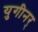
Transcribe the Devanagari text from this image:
युगीनर्